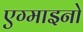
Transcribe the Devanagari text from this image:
एग्माइनो